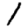
Digit: 1